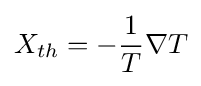
X_{th}=-{\frac {1}{T}}\nabla T